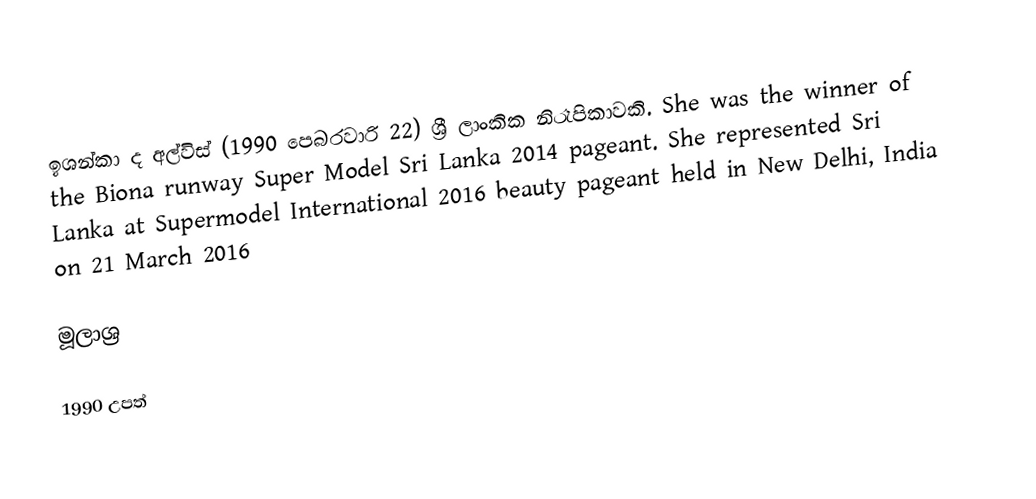
ඉශන්කා ද අල්විස් (1990 පෙබරවාරි 22) ශ්‍රී ලාංකික නිරෑපිකාවකි. She was the winner of the Biona runway Super Model Sri Lanka 2014 pageant. She represented Sri Lanka at Supermodel International 2016 beauty pageant held in New Delhi, India on 21 March 2016

මූලාශ්‍ර

1990 උපත්